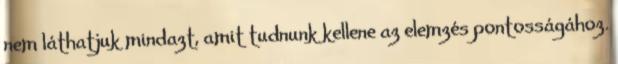
nem láthatjuk mindazt, amit tudnunk kellene az elemzés pontosságához.